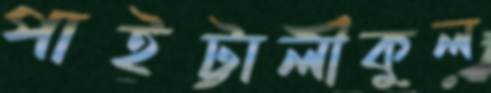
পাইট্টালীকুল